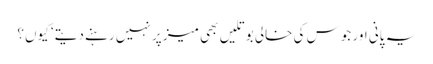
یہ پانی اور جوس کی خالی بوتلیں بھی میز پر نہیں رہنے دیتے‘ کیوں؟